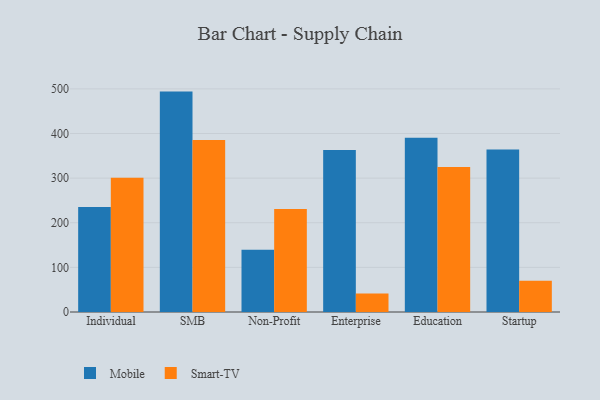
{"axis": {"x": "Segment", "y": "Market Share (%)"}, "legend": ["Mobile", "Smart-TV"], "data": [{"x": "Individual", "y": 235.2, "type": "Mobile"}, {"x": "Individual", "y": 300.8, "type": "Smart-TV"}, {"x": "SMB", "y": 493.9, "type": "Mobile"}, {"x": "SMB", "y": 385.5, "type": "Smart-TV"}, {"x": "Non-Profit", "y": 139.7, "type": "Mobile"}, {"x": "Non-Profit", "y": 230.9, "type": "Smart-TV"}, {"x": "Enterprise", "y": 362.8, "type": "Mobile"}, {"x": "Enterprise", "y": 41.7, "type": "Smart-TV"}, {"x": "Education", "y": 390.7, "type": "Mobile"}, {"x": "Education", "y": 325.2, "type": "Smart-TV"}, {"x": "Startup", "y": 364.4, "type": "Mobile"}, {"x": "Startup", "y": 70.1, "type": "Smart-TV"}]}